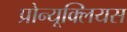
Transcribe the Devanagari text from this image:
प्रोन्यूक्लियस